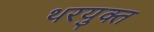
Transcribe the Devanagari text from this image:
थरयुक्त